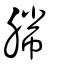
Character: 幐